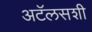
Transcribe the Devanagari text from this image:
अटॅलसशी